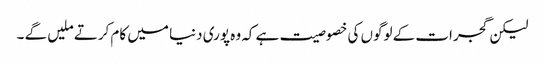
لیکن گجرات کے لوگوں کی خصوصیت ہے کہ وہ پوری دنیا میں کام کرتے ملیں گے ۔